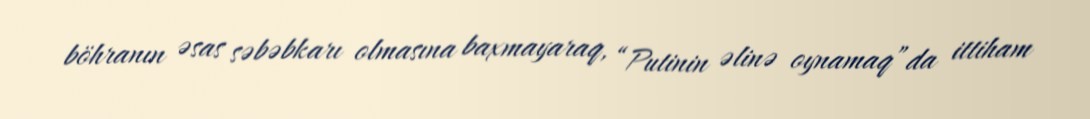
böhranın əsas səbəbkarı olmasına baxmayaraq, “Putinin əlinə oynamaq”da ittiham